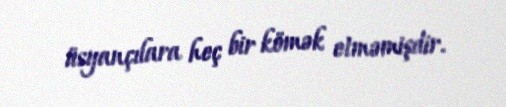
üsyançılara heç bir kömək etməmişdir.